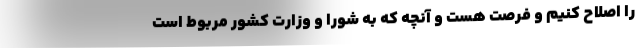
را اصلاح کنیم و فرصت هست و آنچه که به شورا و وزارت کشور مربوط است